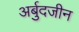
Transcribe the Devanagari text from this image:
अर्बुदजीन